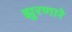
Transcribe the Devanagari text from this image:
झुरणारे